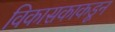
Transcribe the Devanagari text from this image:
विकासकाकडून